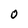
Character: 0